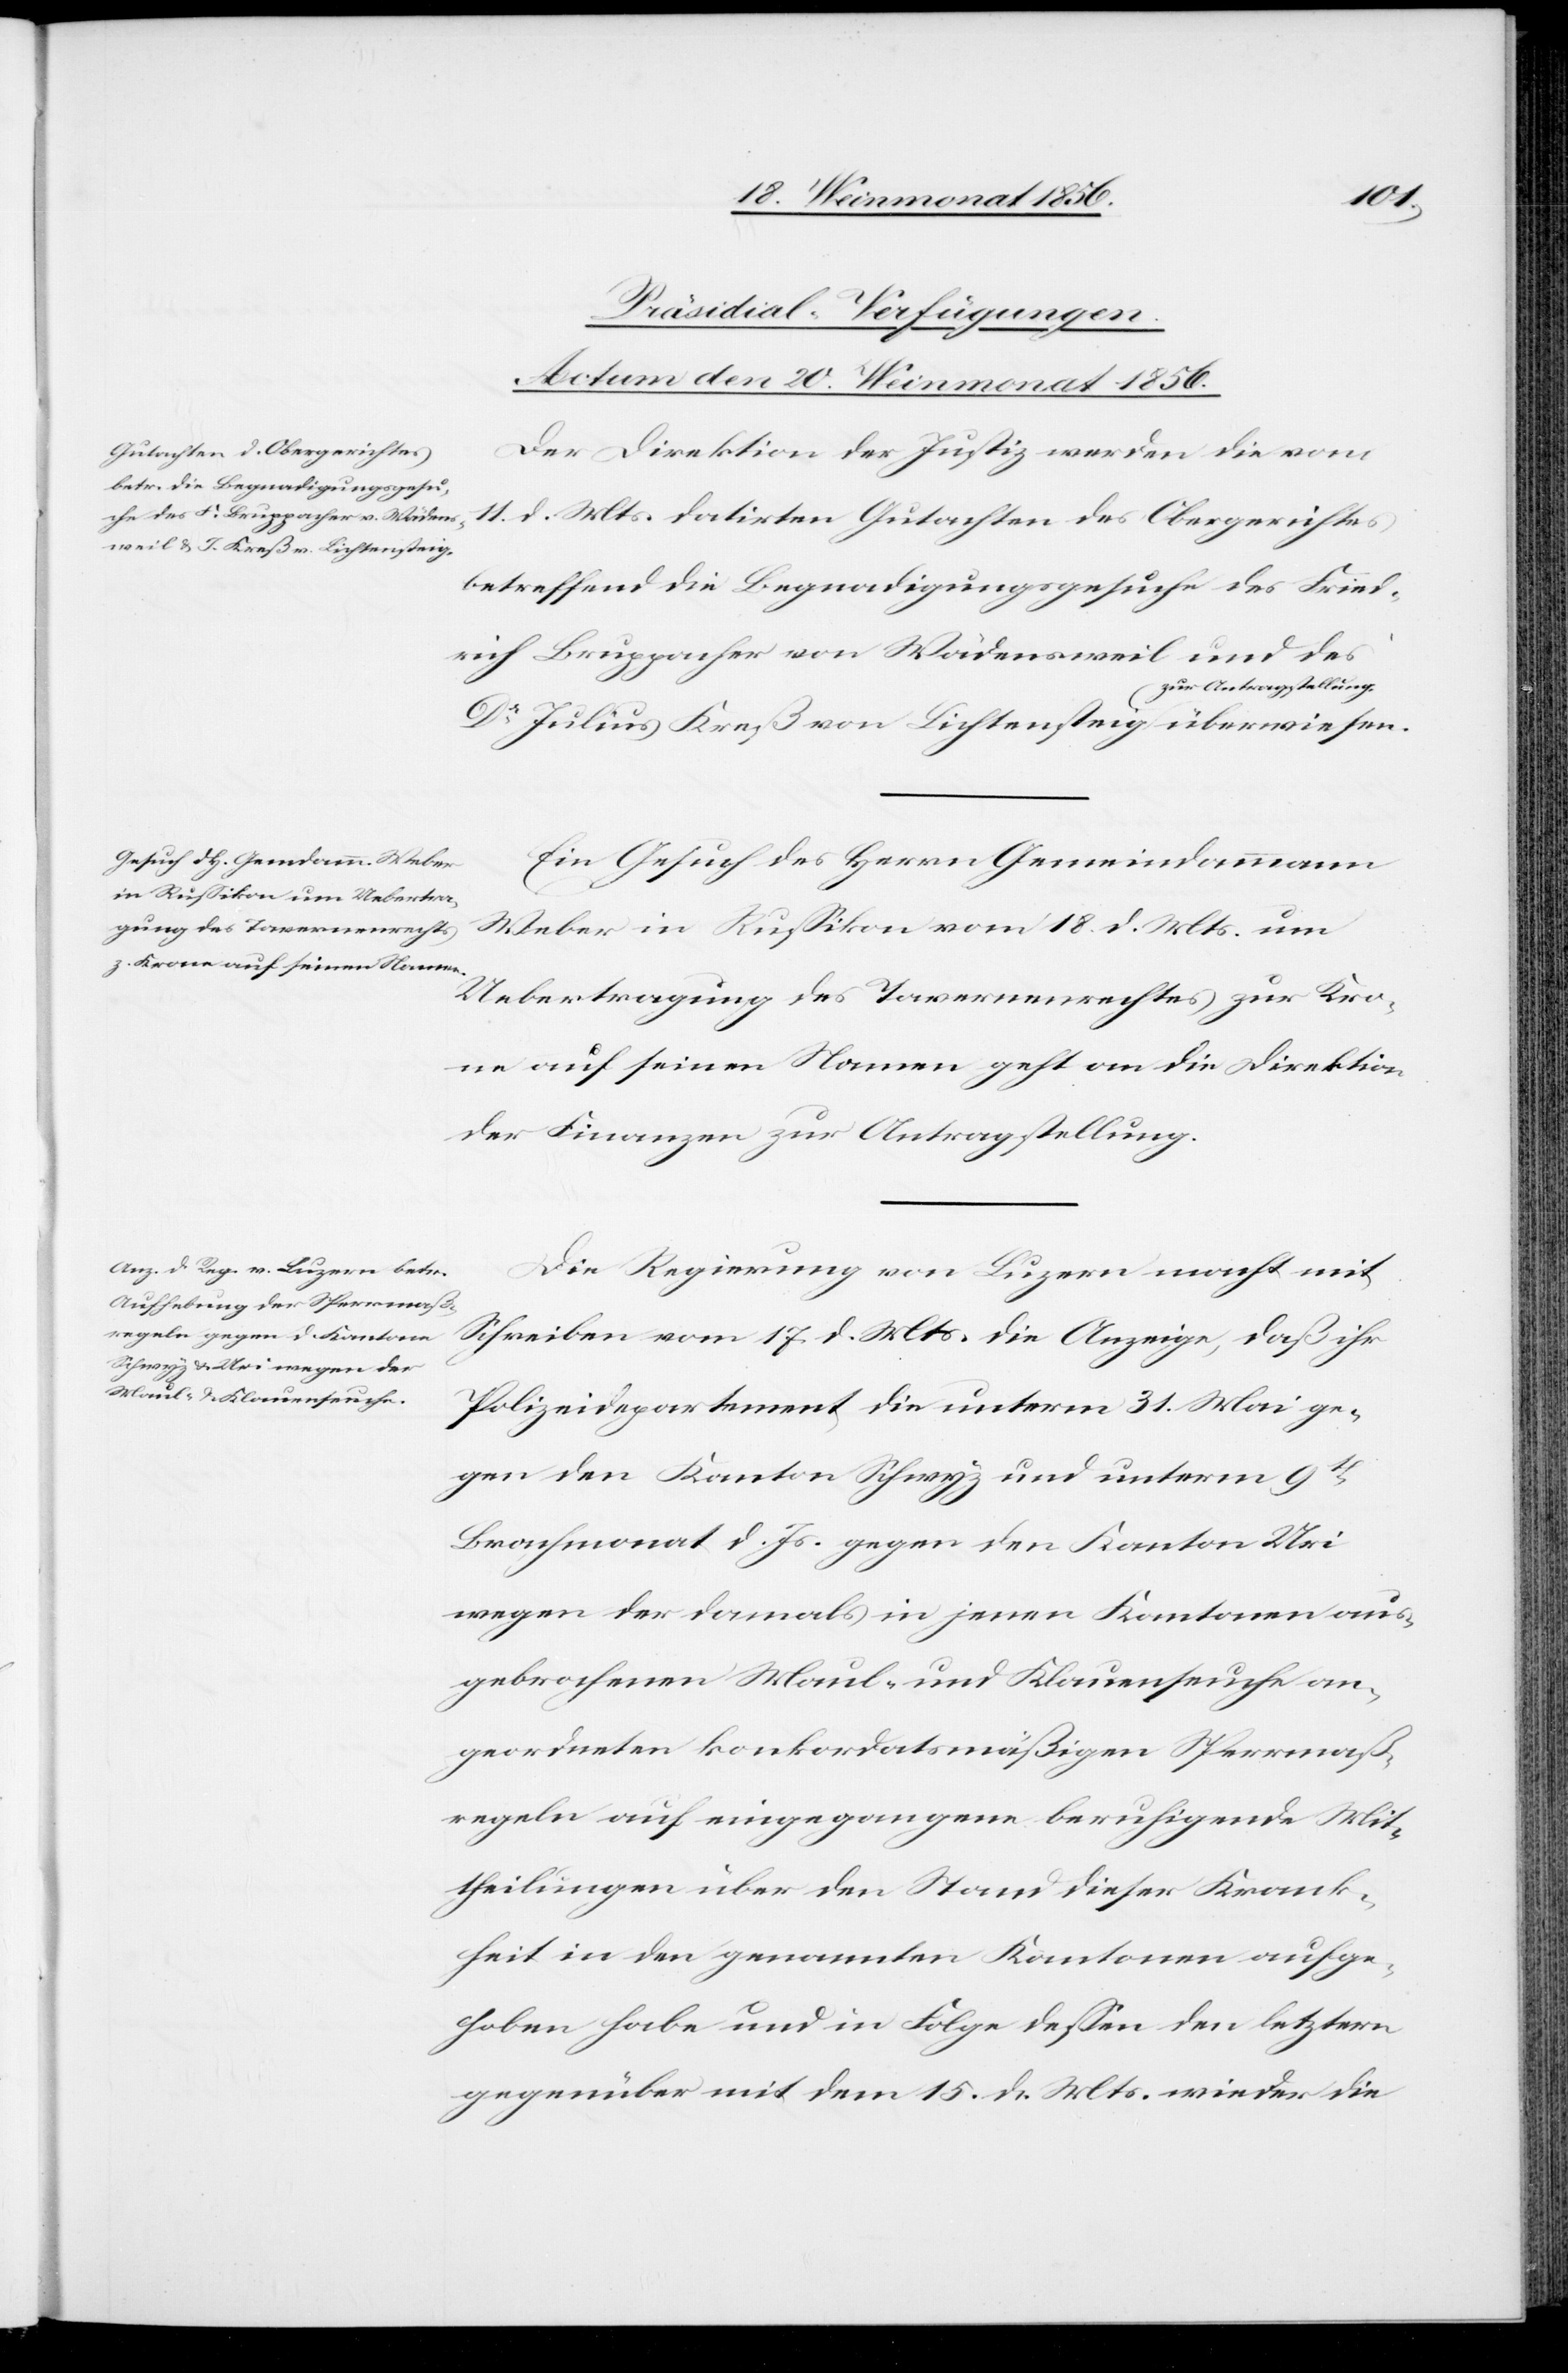
llung-a
[Präsidial-Verfügungen.
Actum den 20. Weinmonat 1856.]
Der Direktion der Justiz werden die vom
11. d. Mts. datirten Gutachten des Obergerichtes
betreffend die Begnadigungsgesuche des Fried¬
rich Bruppacher von Wädensweil und des
Dr Julius Kreß von Lichtensteig a-zur An¬
Ein Gesuch des Herrn Gemeindammann
Weber in Russikon vom 18. d. Mts. um
Uebertragung des Tavernenrechtes zur Kro¬
ne auf seinen Namen geht an die Direktion
der Finanzen zur Antragstellung.
Die Regierung von Luzern macht mit
Schreiben vom 17. d. Mts. die Anzeige, daß ihr
Polizeidepartement die unterm 31. Mai ge¬
gen den Kanton Schwyz und unterm 9t
Brachmonat d. Js. gegen den Kanton Uri
wegen der damals in jenen Kantonen aus¬
gebrochenen Maul- und Klauenseuche an¬
geordneten konkordatsmäßigen Sperrmaß¬
regeln auf eingegangene beruhigende Mit¬
theilung über den Stand dieser Krank¬
heit in den genannten Kantonen aufge¬
hoben habe und in Folge dessen den letztern
gegenüber mit dem 15. d. Mts. wieder die